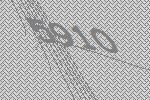
5910